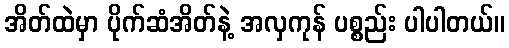
အိတ်ထဲမှာ ပိုက်ဆံအိတ်နဲ့ အလှကုန် ပစ္စည်း ပါပါတယ်။